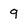
Character: 9